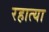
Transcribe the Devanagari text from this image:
रहात्या